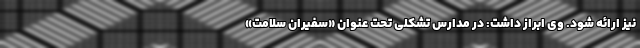
نیز ارائه شود. وی ابراز داشت: در مدارس تشکلی تحت عنوان «سفیران سلامت»